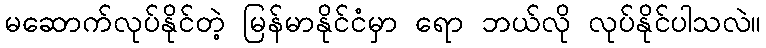
မဆောက်လုပ်နိုင်တဲ့ မြန်မာနိုင်ငံမှာ ရော ဘယ်လို လုပ်နိုင်ပါသလဲ။